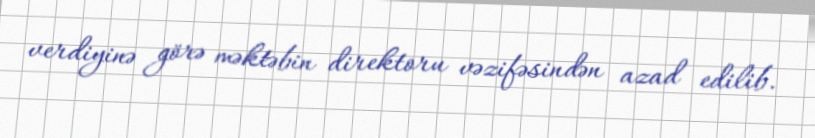
verdiyinə görə məktəbin direktoru vəzifəsindən azad edilib.